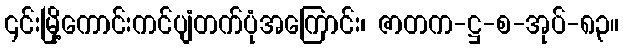
၎င်းမြို့ကောင်းကင်ပျံတက်ပုံအကြောင်း၊ ဇာတက-ဋ္ဌ-စ-အုပ်-၈၃။